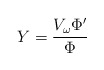
\begin{align*}Y = \frac{V_\omega \Phi'}{\Phi}\end{align*}